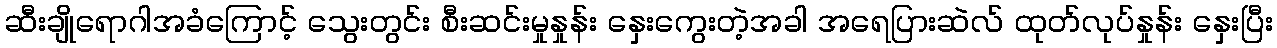
ဆီးချိုရောဂါအခံကြောင့် သွေးတွင်း စီးဆင်းမှုနှုန်း နှေးကွေးတဲ့အခါ အရေပြားဆဲလ် ထုတ်လုပ်နှုန်း နှေးပြီး